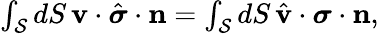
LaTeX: \begin{array}{r}{\int_{\mathcal{S}}dS\, \mathbf{v}\cdot\hat{\boldsymbol{\sigma}}\cdot\mathbf{n}=\int_{\mathcal{S}}dS\, \hat{\mathbf{v}}\cdot\boldsymbol{\sigma}\cdot\mathbf{n},}\end{array}